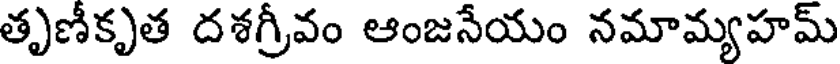
తృణీకృత దశగ్రీవం ఆంజనేయం నమామ్యహమ్